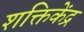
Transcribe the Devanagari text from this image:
शक्तिकेंद्र